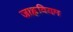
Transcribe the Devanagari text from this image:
जाह्नवियम